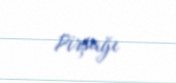
Pirşağı